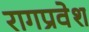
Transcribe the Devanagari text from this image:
रागप्रवेश